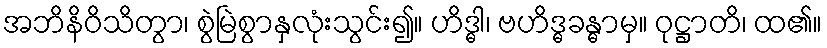
အဘိနိဝိသိတွာ၊ စွဲမြဲစွာနှလုံးသွင်း၍။ ဟိဒ္ဓါ၊ ဗဟိဒ္ဓခန္ဓာမှ။ ဝုဋ္ဌာတိ၊ ထ၏။